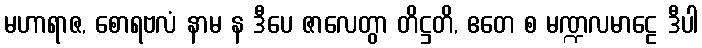
မဟာရာဇ, စောရဗလံ နာမ န ဒီပေ ဇာလေတွာ တိဋ္ဌတိ, ဧတေ စ မဏ္ဍလမာဠေ ဒီပါ